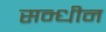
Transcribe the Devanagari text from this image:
सन्धीन